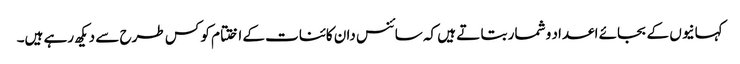
کہانیوں کے بجائے اعداد و شمار بتا تے ہیں کہ سائنس دان کائنات کے اختتام کو کس طرح سے دیکھ رہے ہیں۔